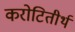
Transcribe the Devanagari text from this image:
करोटितीर्थ